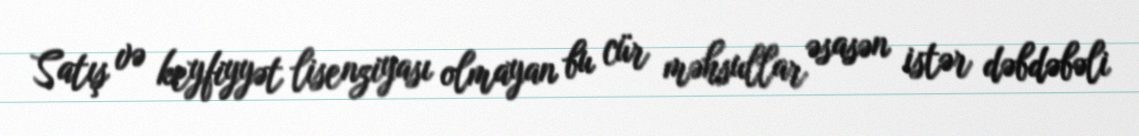
Satış və keyfiyyət lisenziyası olmayan bu cür məhsullar əsasən istər dəbdəbəli